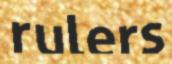
rulers